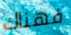
فهناك